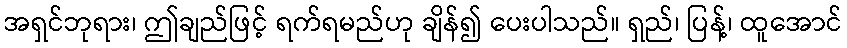
အရှင်ဘုရား၊ ဤချည်ဖြင့် ရက်ရမည်ဟု ချိန်၍ ပေးပါသည်။ ရှည်၊ ပြန့်၊ ထူအောင်